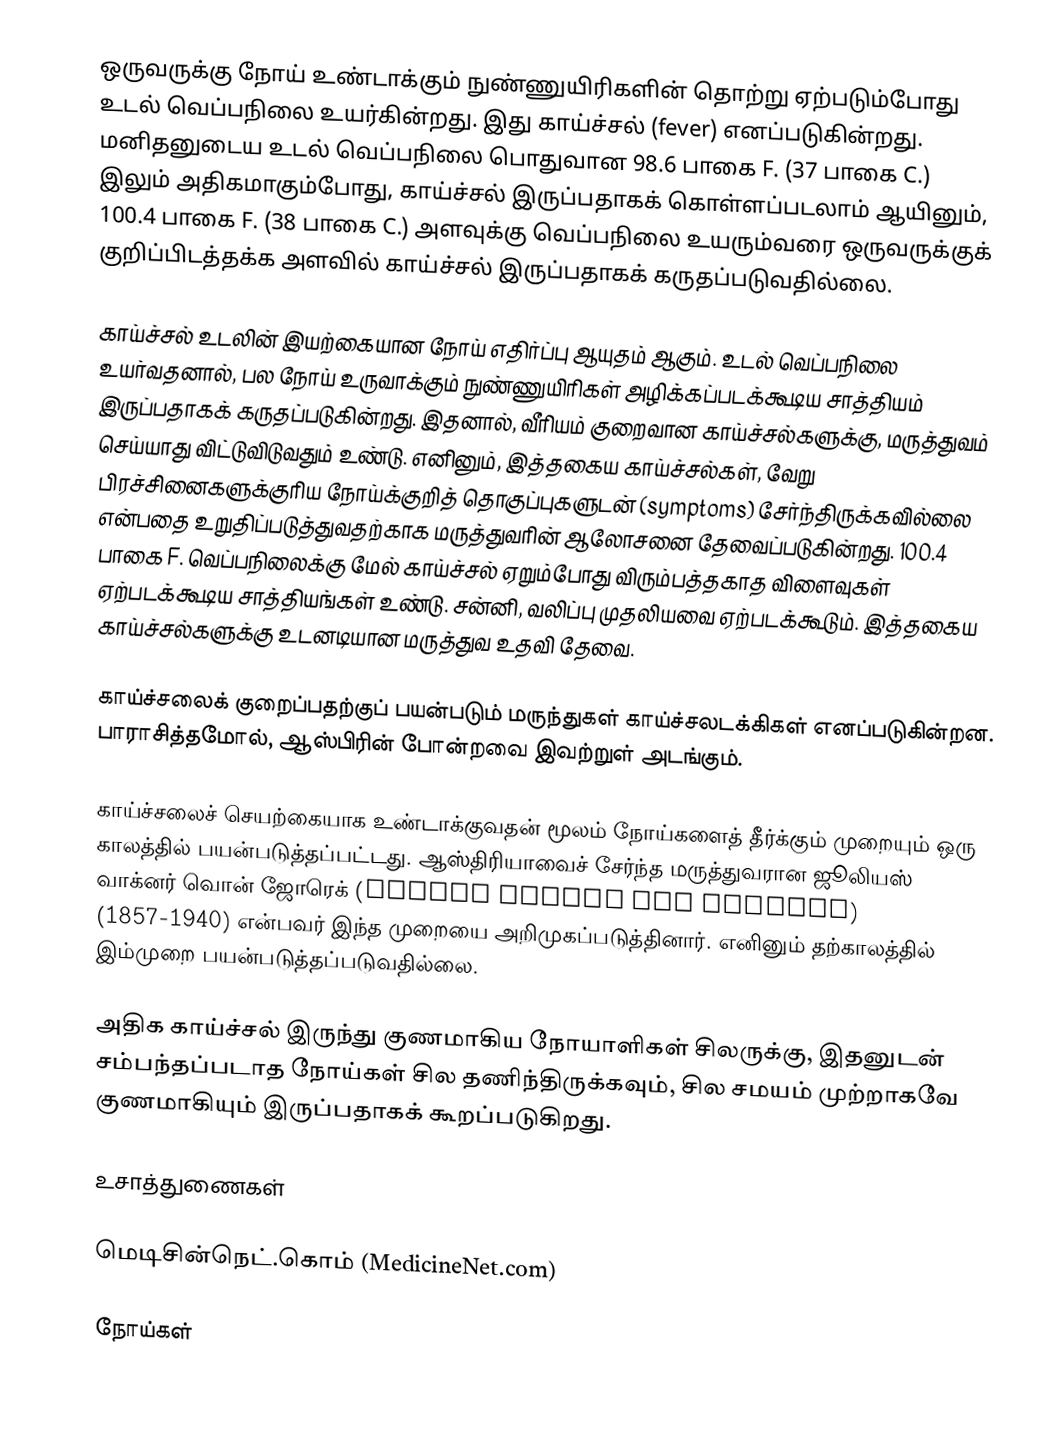
ஒருவருக்கு நோய் உண்டாக்கும் நுண்ணுயிரிகளின் தொற்று ஏற்படும்போது உடல் வெப்பநிலை உயர்கின்றது. இது காய்ச்சல் (fever) எனப்படுகின்றது. மனிதனுடைய உடல் வெப்பநிலை பொதுவான 98.6 பாகை F. (37 பாகை C.) இலும் அதிகமாகும்போது, காய்ச்சல் இருப்பதாகக் கொள்ளப்படலாம் ஆயினும், 100.4 பாகை F. (38 பாகை C.) அளவுக்கு வெப்பநிலை உயரும்வரை ஒருவருக்குக் குறிப்பிடத்தக்க அளவில் காய்ச்சல் இருப்பதாகக் கருதப்படுவதில்லை.

காய்ச்சல் உடலின் இயற்கையான நோய் எதிர்ப்பு ஆயுதம் ஆகும். உடல் வெப்பநிலை உயர்வதனால், பல நோய் உருவாக்கும் நுண்ணுயிரிகள் அழிக்கப்படக்கூடிய சாத்தியம் இருப்பதாகக் கருதப்படுகின்றது. இதனால், வீரியம் குறைவான காய்ச்சல்களுக்கு, மருத்துவம் செய்யாது விட்டுவிடுவதும் உண்டு. எனினும், இத்தகைய காய்ச்சல்கள், வேறு பிரச்சினைகளுக்குரிய நோய்க்குறித் தொகுப்புகளுடன் (symptoms) சேர்ந்திருக்கவில்லை என்பதை உறுதிப்படுத்துவதற்காக மருத்துவரின் ஆலோசனை தேவைப்படுகின்றது. 100.4 பாகை F. வெப்பநிலைக்கு மேல் காய்ச்சல் ஏறும்போது விரும்பத்தகாத விளைவுகள் ஏற்படக்கூடிய சாத்தியங்கள் உண்டு. சன்னி, வலிப்பு முதலியவை ஏற்படக்கூடும். இத்தகைய காய்ச்சல்களுக்கு உடனடியான மருத்துவ உதவி தேவை.

காய்ச்சலைக் குறைப்பதற்குப் பயன்படும் மருந்துகள் காய்ச்சலடக்கிகள் எனப்படுகின்றன. பாராசித்தமோல், ஆஸ்பிரின் போன்றவை இவற்றுள் அடங்கும்.

காய்ச்சலைச் செயற்கையாக உண்டாக்குவதன் மூலம் நோய்களைத் தீர்க்கும் முறையும் ஒரு காலத்தில் பயன்படுத்தப்பட்டது. ஆஸ்திரியாவைச் சேர்ந்த மருத்துவரான ஜூலியஸ் வாக்னர் வொன் ஜோரெக் (Julius Wagner von Jauregg) (1857-1940) என்பவர் இந்த முறையை அறிமுகப்படுத்தினார். எனினும் தற்காலத்தில் இம்முறை பயன்படுத்தப்படுவதில்லை.

அதிக காய்ச்சல் இருந்து குணமாகிய நோயாளிகள் சிலருக்கு, இதனுடன் சம்பந்தப்படாத நோய்கள் சில தணிந்திருக்கவும், சில சமயம் முற்றாகவே குணமாகியும் இருப்பதாகக் கூறப்படுகிறது.

உசாத்துணைகள்

 மெடிசின்நெட்.கொம் (MedicineNet.com)

நோய்கள்